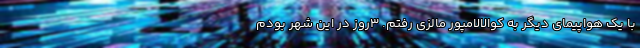
با یک هواپیمای دیگر به کوالالامپور مالزی رفتم. ۳روز در این شهر بودم